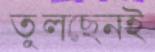
তুলছেনই